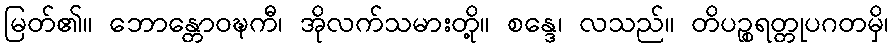
မြတ်၏။ ဘောန္တောဝဍ္ဎကီ၊ အိုလက်သမားတို့။ စန္ဒေ၊ လသည်။ တိပဉ္စရတ္တုပဂတမှိ၊